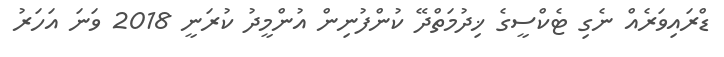
ޑްރައިވަރެއް ނެގި ޓެކްސީގެ ޚިދުމަތްދޭ ކުންފުނިން އުންމީދު ކުރަނީ 2018 ވަނަ އަހަރު